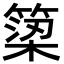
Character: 𥱋